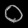
Digit: ၀